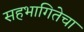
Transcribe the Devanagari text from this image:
सहभागितेचा